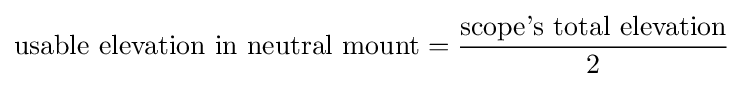
{\text{usable elevation in neutral mount}}={\frac {\text{scope's total elevation}}{2}}